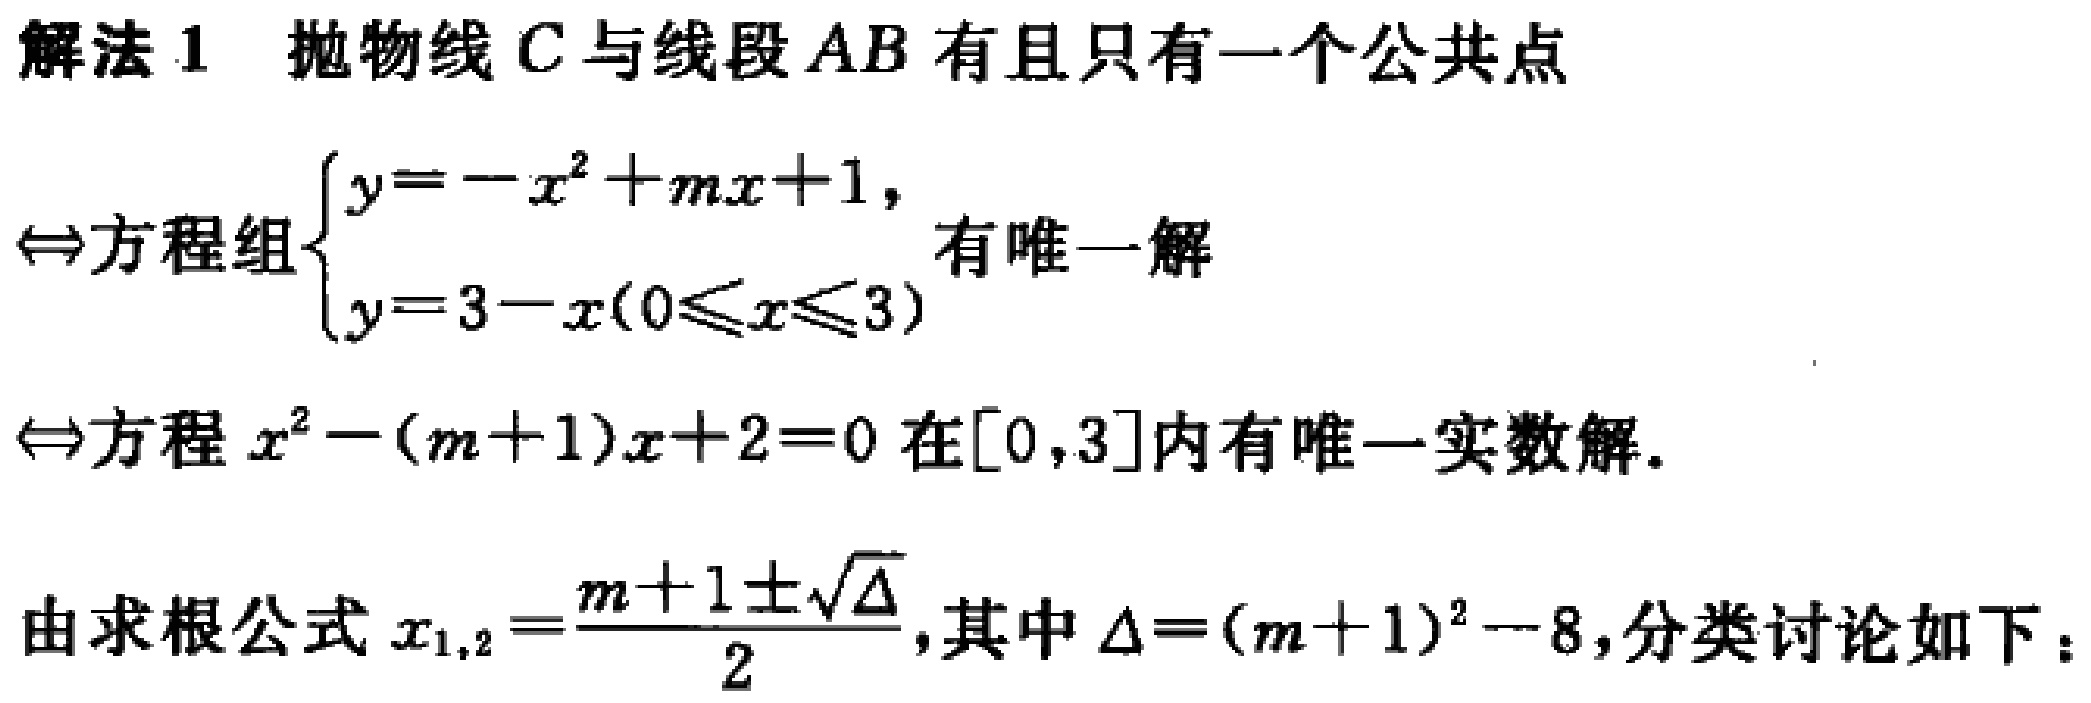
解法 1 抛物线 \(C\) 与线段 \(AB\) 有且只有一个公共点
\(\Leftrightarrow\)方程组\(\begin{cases}y = -x^{2}+mx + 1,\\y = 3 - x(0\leqslant x\leqslant3)\end{cases}\)有唯一解
\(\Leftrightarrow\)方程 \(x^{2}-(m + 1)x + 2 = 0\) 在\([0,3]\)内有唯一实数解.
由求根公式 \(x_{1,2}=\frac{m + 1\pm\sqrt{\Delta}}{2}\),其中 \(\Delta=(m + 1)^{2}-8\),分类讨论如下：